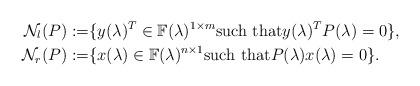
LaTeX: \begin{align*}\mathcal{N}_l(P):=&\{y(\lambda)^T\in\mathbb{F}(\lambda)^{1\times m} \mbox{such that} y(\lambda)^TP(\lambda) = 0\},\\\mathcal{N}_r(P):=&\{x(\lambda)\in\mathbb{F}(\lambda)^{n \times 1} \mbox{such that} P(\lambda)x(\lambda) = 0\}.\end{align*}